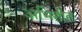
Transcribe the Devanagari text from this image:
अभिहीत